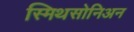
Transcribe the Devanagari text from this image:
स्मिथसोनिअन